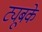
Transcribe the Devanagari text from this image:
ट्यूबके